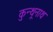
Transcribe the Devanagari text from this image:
कुन्थूनाथ